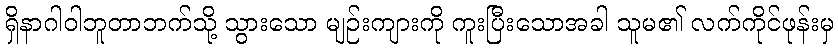
ရှိနာဂါဝါဘူတာဘက်သို့ သွားသော မျဉ်းကျားကို ကူးပြီးသောအခါ သူမ၏ လက်ကိုင်ဖုန်းမှ